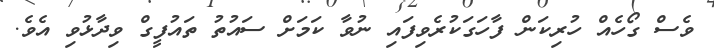
ވެސް ގޯހެއް ހުރިކަން ފާހަގަކުރެވިފައި ނުވާ ކަމަށް ސައުތު ތައުފީގް ވިދާޅުވި އެވެ.